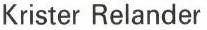
Krister Relander